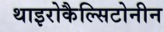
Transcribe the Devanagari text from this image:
थाइरोकैल्सिटोनीन